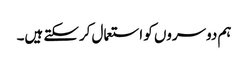
ہم دوسروں کو استعمال کرسکتے ہیں۔